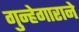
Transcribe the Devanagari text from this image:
गुन्हेगाराने